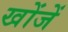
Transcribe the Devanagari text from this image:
खोंजें